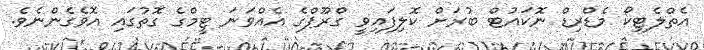
އެތްލެޓިކޯ މެޑްރިޑް ނޮކައުޓް ބުރަށް ކޮލިފައިވީ ގްރޫޕްގެ އެއްވަނަ ޓީމްގެ ގޮތުގައި އޮވެގެންނެވެ.